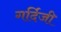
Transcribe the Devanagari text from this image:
गर्दिजी